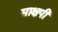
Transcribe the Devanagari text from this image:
साक्षपी